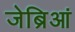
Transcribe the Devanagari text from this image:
जेब्रिआं